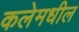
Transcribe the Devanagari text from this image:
कलेमधील